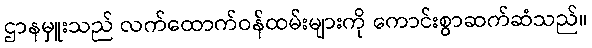
ဌာနမှူးသည် လက်ထောက်ဝန်ထမ်းများကို ကောင်းစွာဆက်ဆံသည်။